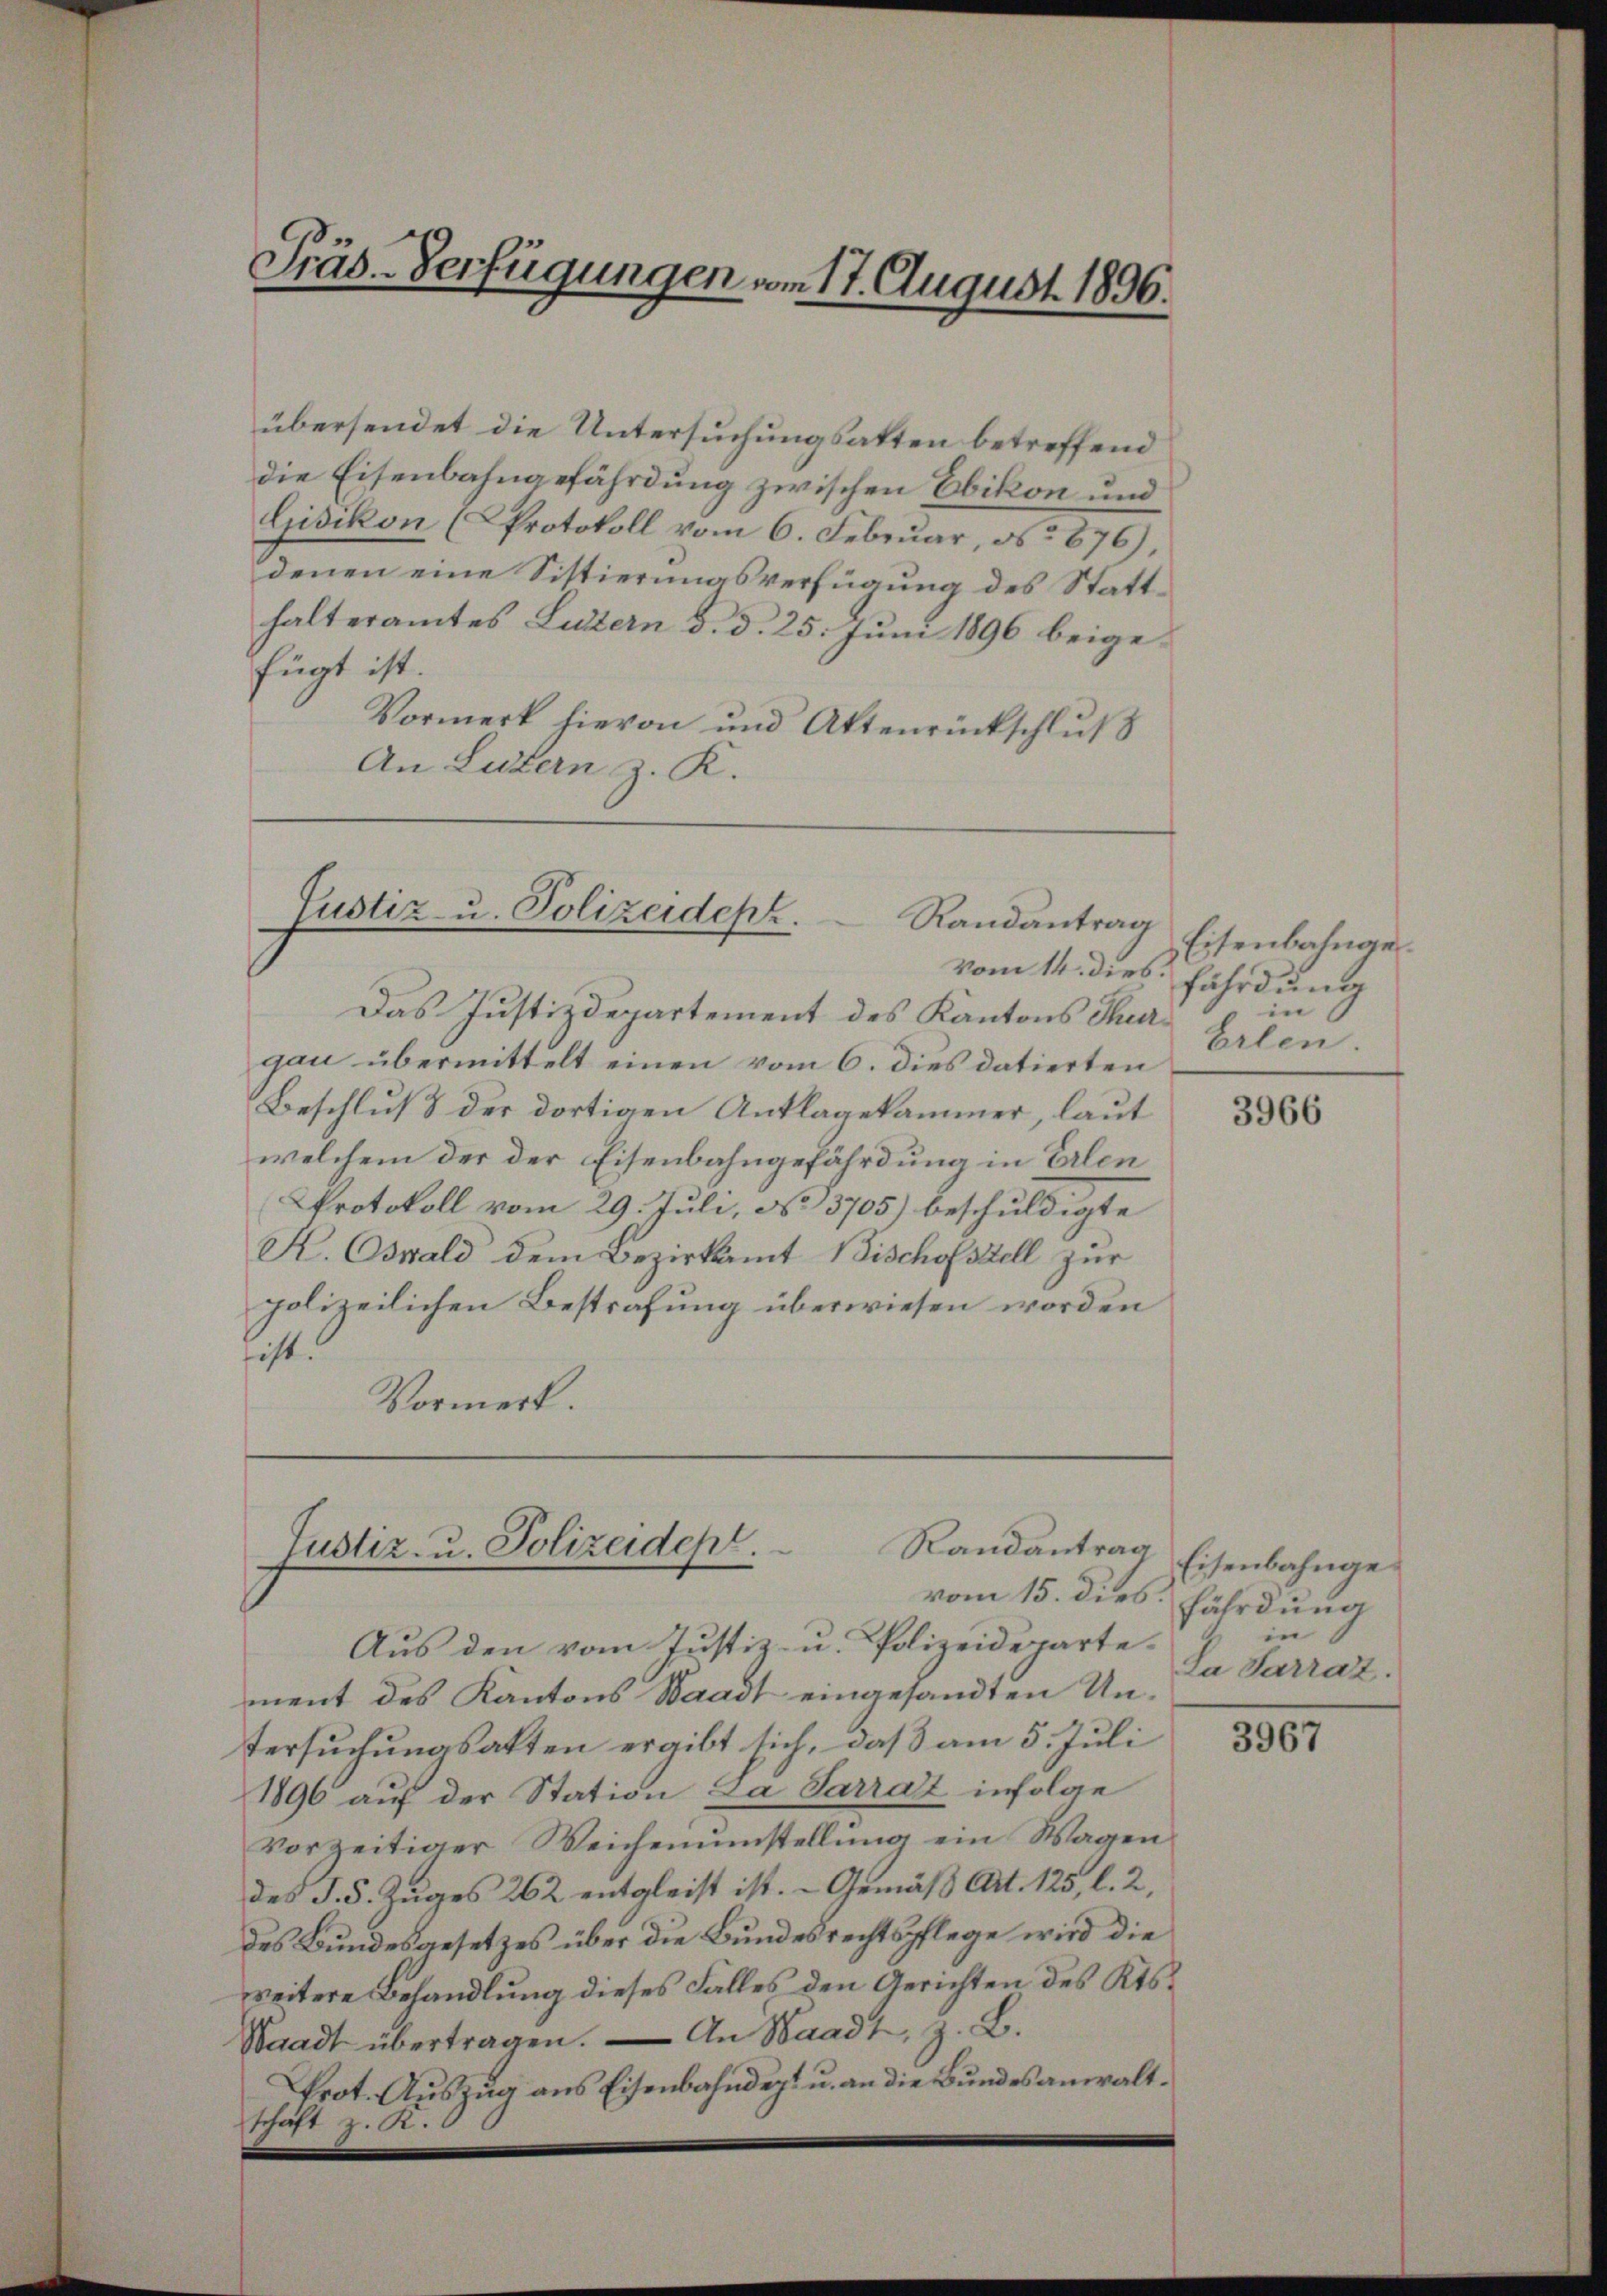
t
Präs. Verfügungen vom 17. August 1896.

übersendet die Untersuchungsatten betreffend
die Eisenbahngefährdung zwischen Ebikon und
Gisikon (Protokoll vom 6. Februar, No 876),
denen eine Sistierungsverfügung des Statthalteramtes Luzern d. d. 25. Juni 1896 beigefügt ist.
Vormerk hievon und Aktenrückschluß
An Luzern z. K.

Justiz- u. Polizeideph.
Randantrag

vom 14. dies.
Das Justizdepartement des Kantons Thurgau übermittelt einen vom 6. dies datierten
Beschluß der dortigen Anklagekammer, laut
welchem der der Eisenbahngefährdung in Erlen
Protokoll vom 29. Juli, No 3705) beschuldigte
S. Oswald dem Bezirksamt Bischofszell zur
polizeilichen Bestrafung überwiesen worden
hist.
Vormerk.

Aus den vom Justiz- u. Polizeidepartement des Kantons Waadt eingesandten Untersuchungsakten ergibt sich, daß am 5. Juli
1896 auf der Station za Sarrat infolge
vorzeitiger Weichenumstellung ein Wagen
des S. 5. Zuges 262 entgleist ist. - Gemäß Art. 125, l. 2,
des Bundesgesetzes über die Bundesrechtspflege wird die
weitere Behandlung dieses Falles den Gerichten des Kts.
Waadt übertragen. — An Waadt, z. B.
Prot. Auszug aus Eisenbahndept u. an die Bundesanwaltshält z. B.

Randantrag
Justiz- u. Polizeidept.
vom 15. dies

Eisenbahngefährdung
in
Erlen.

3966

Eisenbahngefährdung
in
za Sarrat.

3967